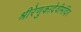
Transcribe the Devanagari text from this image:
श्रीरेणुकादेवीमंदिर